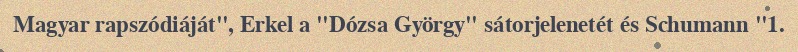
Magyar rapszódiáját", Erkel a "Dózsa György" sátorjelenetét és Schumann "1.